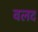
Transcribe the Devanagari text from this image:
वलद